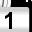
Digit: 1